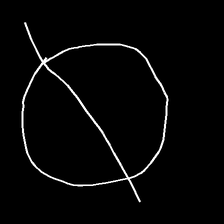
Glyph: orb